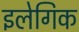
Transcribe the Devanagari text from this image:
इलेगिक